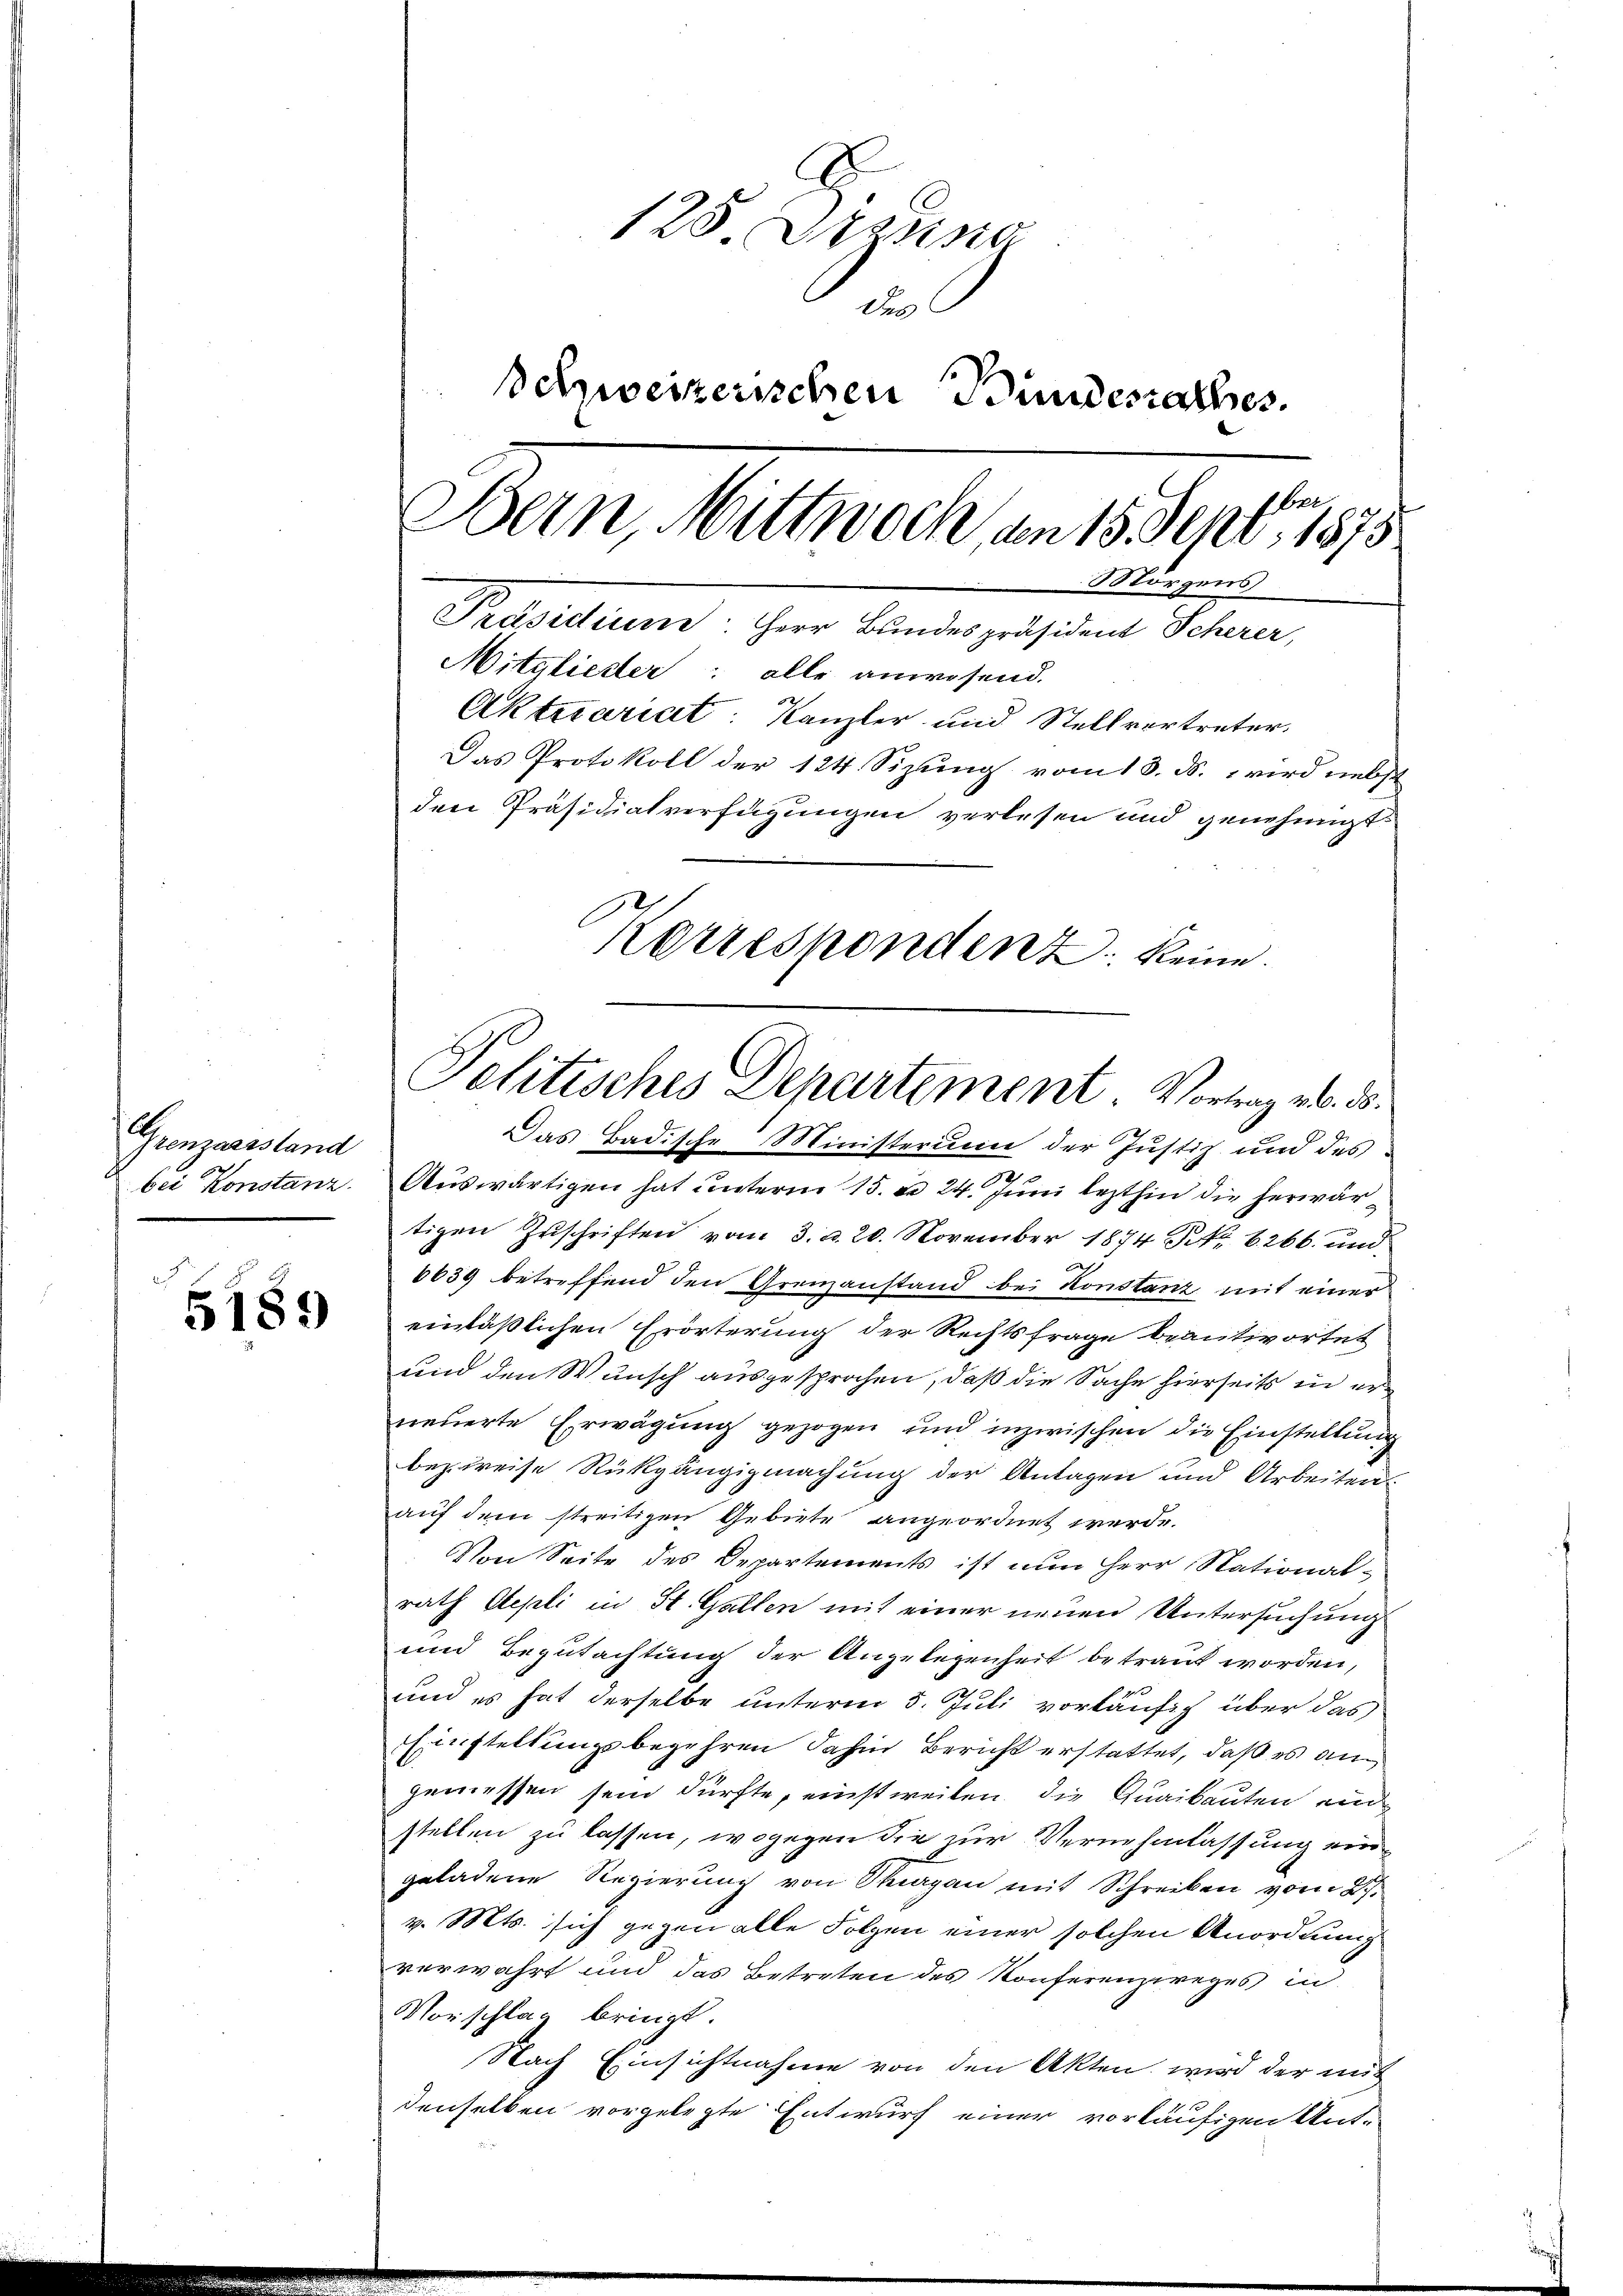
Grenzarsstand

5189

128. Dezung
des
Schweizerischen Bundesrathes.
ber.
Bern, Mittwoch, am 15. Sept. 1875
Morgens
Präsidium. Herr Bundespräsident Scherer,
Mitglieder: alle anwesend.
Aktesariat: Kanzler und Stellvertreter.
Das Protokoll der 124 Sizung vom 13. ds. wird nebst
den Präsidialverfügungen verlesen und genehmigt.
Korresponden keine

Das Badische Ministerium der Justiz und des
.
bei Konstanz. Auswärtigen hat unterm 15. d. 24. Juni lezthin die herwärtigen Zuschriften vom 3. d. 20. November 1874 Nr 6266 und
6639 betreffend den Grenzanstand bei Konstanz mit einer
einläßlichen Erörterung der Rechtsfrage beantwortet
und den Wunsch ausgesprochen, daß die Sache hierseits in erneuerte Erwägung gezogen und inzwischen die Einstellung
bezureise Rückgängigmachung der Antagen und Arbeiten
auf dem streitigen Gebiete angeordnet werde.
Von Seite des Departements ist nun Herr National-
rath Aepli in St. Gallen mit einer neuen Untersuchung
und Begutachtung der Angelegenheit betraut worden,
und es hat derselbe unterm 5. Juli vorläufig über das
Einstellungsbegehren dahin Bericht erstattet, daß es an
gemessen sein dürfte, einstweilen, die Quaibauten ein
stellen zu lassen, wogegen die zur Vernehmlassung eingeladene Regierung von Thurgau mit Schreiben vom 27.
v. Mts. sich gegen alle Folgen einer solchen Anordnung
verwahrt und das Betreten des Konferenzweges in
Vorschlag bringt.
Nach Einsichtnahme von den Akten wird der mit
denselben vorgelegte Entwurf einer vorläufigen Ant-

Politisches Departement. Vortrag v. 30.